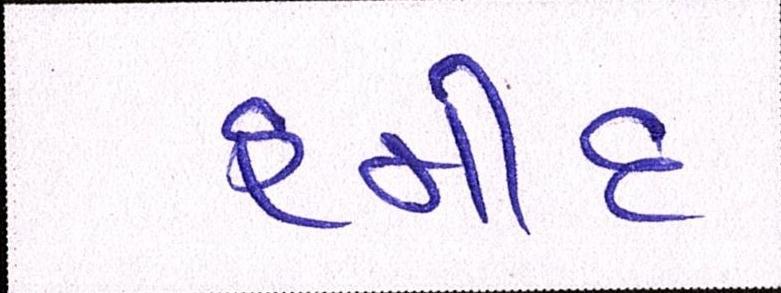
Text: હમીદ